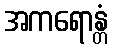
အကရောန္တံ